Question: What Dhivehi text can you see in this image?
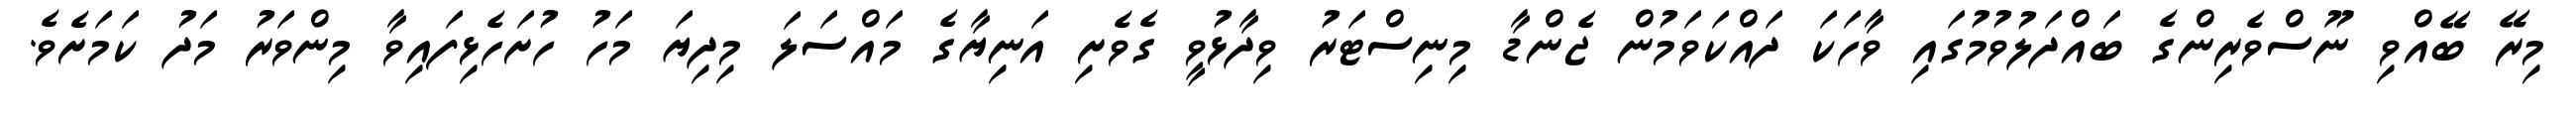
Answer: މިރޭ ބޭއްވި ނޫސްވެރިންގެ ބައްދަލުވުމުގައި ވާހަކަ ދައްކަވަމުން ޖެންޑާ މިނިސްޓަރު ވިދާޅުވީ ގެވެށި އަނިޔާގެ މައްސަލަ މިދިޔަ މަހު ހުށަހެޅިފައިވާ މިންވަރު މަދު ކަމަށެވެ.